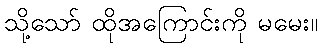
သို့သော် ထိုအကြောင်းကို မမေး။